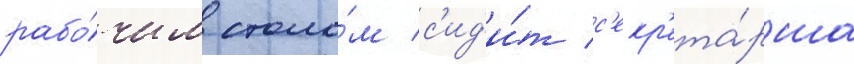
рабо́чим столо́м с'ид'и́т с'екр'ета́рша